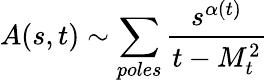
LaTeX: A(s,t)\sim\sum_{poles}\frac{s^{\alpha(t)}}{t-M_{t}^{2}}